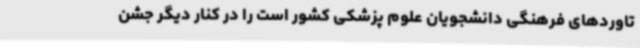
تاوردهای فرهنگی دانشجویان علوم پزشکی کشور است را در کنار دیگر جشن